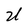
Character: U